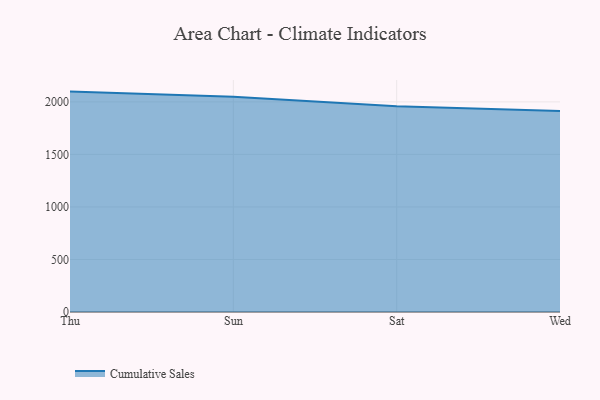
{"axis": {"x": "Day", "y": "Satisfaction Score"}, "legend": ["Cumulative Sales"], "data": [{"x": "Thu", "y": 2097.9, "type": "Cumulative Sales"}, {"x": "Sun", "y": 2047.8, "type": "Cumulative Sales"}, {"x": "Sat", "y": 1957.8, "type": "Cumulative Sales"}, {"x": "Wed", "y": 1913.1, "type": "Cumulative Sales"}]}